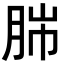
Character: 𦛎